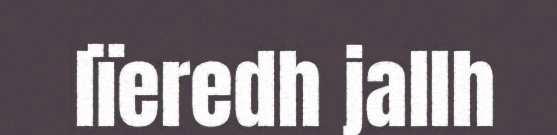
lïeredh jallh